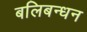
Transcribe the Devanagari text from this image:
बलिबन्धन